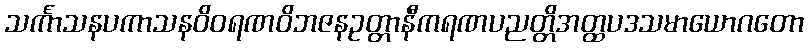
သင်္ကာသနပကာသနဝိဝရဏဝိဘဇနဥတ္တာနီကရဏပညတ္တိအတ္ထပဒသမာယောဂတော